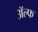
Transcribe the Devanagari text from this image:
अॅल्फ